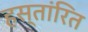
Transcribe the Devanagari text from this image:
हस्तांरित